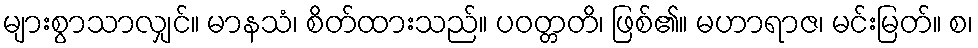
များစွာသာလျှင်။ မာနသံ၊ စိတ်ထားသည်။ ပဝတ္တတိ၊ ဖြစ်၏။ မဟာရာဇ၊ မင်းမြတ်။ စ၊